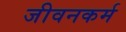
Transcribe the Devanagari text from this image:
जीवनकर्म